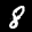
Label: 8